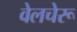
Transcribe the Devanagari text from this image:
वेलचेरू